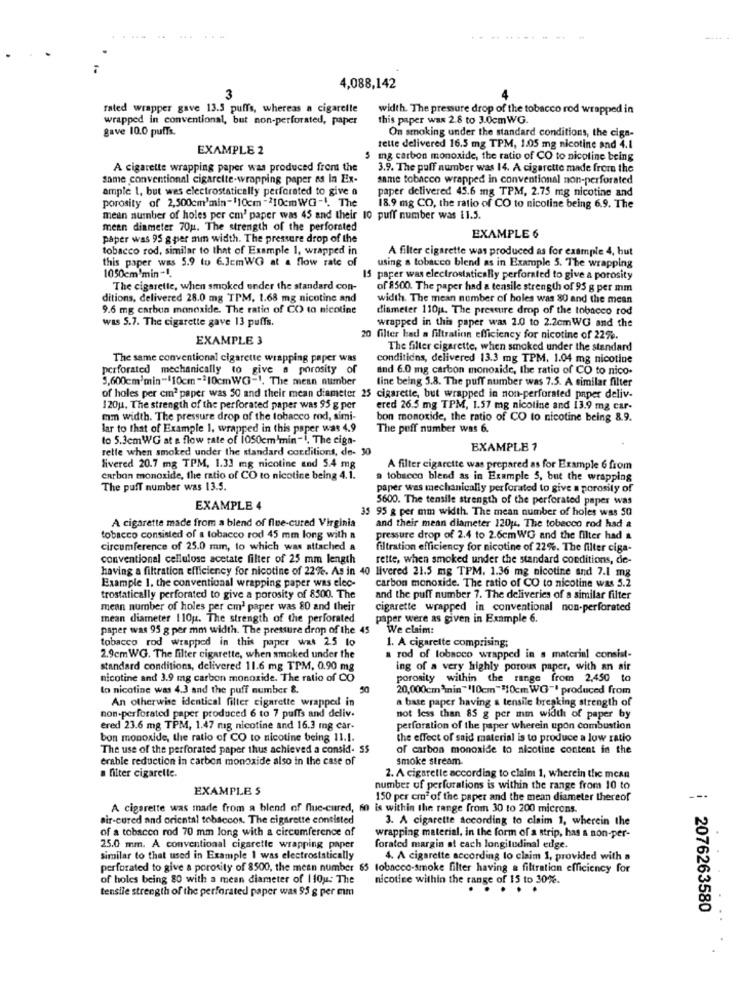
..-.-
4,088,142
3
rated wrapper gave 13.5 puffs, whereas a cigarette
width. The pressure drop of the tobacco rod wrapped in
wrapped in conventional, but non-perforated, paper
this paper wax 2.8 to 3.0cmWG.
gave 10.0 puffs.
On smoking under the standard conditions, the cign-
EXAMPLE 2
tette delivered 16.5 mg TPM, 1.005 mg nicotine and 4.1
5 mg carbon monoxide, the ratio of CO to nicoline being
A cigarette wrapping paper was produced from the
3.9. The puff number was 14. A cigarette made from the
same conventional cigarette-wrapping paper as la Ex-
same tobacco wrapped in conventional non-perforated
ample 1, but wes electrostatically perforated to give a
paper delivered 45.6 mg TPM, 2.75 mg nicotine and
porosity of 2,500cm'min- 110cm -210cmWG -4. The
18.9 mg CO, the ratio of CO to nicotine being 6.9. The
mean number of holes per cm' paper was 45 and their 10 puff number was il.5.
meen diameter 70g. The strength of the perforated
paper was 95 g per min width. The pressure drop of the
EXAMPLE 6
tobacco rod, similar to that of Example 1, wrapped in
A filter cigarette was produced as for example 4, but
this paper was 5.9 to 6.3cmWG at a flow rate of
using a tobacco blend as in Example 3. The wrapping
1050cm'min -1.
15 paper was electrostatically perforated to give a porosity
The cigarette, when smoked under the standard con-
of 8500. The paper had a tensile strength of 95 g per mm
ditions, delivered 28.0 mg TPM, 1.68 mg nicotine and
width. The mean number of boles was 80 and the mean
9.6 mg carbon monoxide. The ratio of CO to nicotine
diameter 110ja. The pressure drop of the tobacco rod
was 5.7. The cigarette gave 13 puffs.
wrapped in this paper was 2.0 to 2.2cmWG and the
EXAMPLE 3
20 filter had a filtration efficiency for nicotine of 22%.
The filter cigarette, when smoked under the standard
The same conventional cigarette wrapping paper was
conditions, delivered 13.3 mg TPM, 1.04 mg nicotine
perforated mechanically to give a porosity of
and 6.0 mg carbon monoxide, the ratio of CO to nico-
5,600cm'min-110cm -210cmWG-1. The mean number
line being 5.8. The puff number was 7.5. A similar filter
of holes per cin2 paper was 50 and their mean diameter 25 cigarette, but wrapped in non-perforated paper deliv-
120u. The strength of the perforated paper was 95 g per
ered 26.5 mg TPM, 1.57 mg nicotine and 13.9 mg car-
mm width. The pressure drop of the tobacco rod, simi-
bon monoxide, the ratio of CO to nicotine being 8.9.
lar to that of Example 1. wrapped in this paper was 4.9
The poff number was 6.
to 5.3cmWG at a flow rate of 1050cm'min-1, The ciga-
retle when smoked under the standard conditions, de- 30
EXAMPLE 1
livered 20.7 mg TPM, 1.33 mg nicotine and 5.4 mg
A filter cigarette was prepared as for Example 6 from
carbon monoxide, the ratio of CO to nicotine being 4.1.
a tobacco blend as in Exemple 5, but the wrapping
The puff number was 13.5.
paper was mechanically perforated to give a porosity of
5600. The tensile strength of the perforated paper was
EXAMPLE 4
35 95 g per mm width. The mean number of holes was 50
and their mean diameter 120 ;. The tobecco rod had &
A cigarette made from a blend of flue-cured Virginia
tobacco consisted of a tobacco rod 45 mm long with a
pressure drop of 2.4 to 2.6cmWG and the filter had &
circumference of 25.0 mm, to which was attached a
filtration efficiency for nicotine of 22%. The filter ciga-
conventional cellulose acetate filter of 25 mm length
rette, when smoked under the standard conditions, de-
having a filtration efficiency for nicotine of 22%. As in 40 livered 21.5 mg TPM. 1.36 mg nicotine and 7.1 mg
carbon monoxide. The ratio of CO to nicotine was 5.2
Example 1. the conventional wrapping paper was elec-
trostatically perforated to give a porosity of 8500. The
and the puff number 7. The deliveries of a similar filter
mean number of holes per cm' paper was 80 and their
cigarette wrapped in conventional non-perforated
mean diameter 110g. The strength of the perforated
paper were as given in Example 6.
paper was 95 g per mm width. The pressure drop of the 45
We claim:
tobacco rod wrapped in this paper wat 2.5 to
1. A cigarette comprising;
2.9cmWG. The filter cigarette, when smoked under the
a rod of tobacco wrapped in a material consist-
standard conditions, delivered 11.6 mg TPM, 0.90 mg
ing of a very highly porous paper, with an air
nicotine and 3.9 mg carbon monoxide. The ratio of CO
porosity within the range from 2,450 to
Io nicotine was 4.3 and the puff number &.
50
20,000cm*inin"'10cm ""10cm WG"' produced from
An otherwise identical filter cigarette wrapped in
a base paper having a tensile breaking strength of
non-perforated paper produced 6 to 7 puffs and deliv.
not less than 85 g per mm width of paper by
ered 23.6 mg TPM, 1.47 mig nicotine and 16.3 mg car-
perforation of the paper wherein upon combustion
bon monoxide, the ratio of CO to nicotine being 11.1.
the effect of said material is to produce a low ratio
The use of the perforated paper thus achieved a consid- SS
of carbon monoxide to nicotine content in the
erable reduction in carbon monoxide also in the case of
smoke stream
a filter cigarelle.
2. A cigaretle according to claim 1, wherein the mean
EXAMPLE S
number of perforations is within the range from 10 to
150 per cmª of the paper and the mean diameter thereof
A cigarette was made from a blend of flue-cured, 60 is within the range from 30 to 200 microns.
air-cured and oriental tobaccos. The cigarette consisted
3. A cigarette according to claim 1, wherein the
of a tobacco rod 70 mm long with a circumference of
wrapping material, in the form of a strip, has a non-per-
25.0 mm. A conventional cigarette wrapping paper
forated margin at each longitudinal edge.
similar to that used in Example 1 was electrostatically
4. A cigarette according to claim 1, provided with a
perforated to give a porosity of 8500, the mean number 65 tobacco-smoke filter having a filtration efficiency for
of holes being 80 with a mean diameter of 110u: The
nicotine within the range of 15 to 30%.
tensile strength of the perforated paper was 95 g per em
.. .
..
: 2076263580